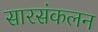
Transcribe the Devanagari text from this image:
सारसंकलन